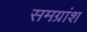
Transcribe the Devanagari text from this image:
समग्रांश